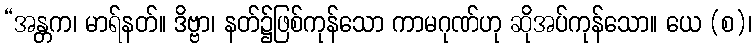
“အန္တက၊ မာရ်နတ်။ ဒိဗ္ဗာ၊ နတ်၌ဖြစ်ကုန်သော ကာမဂုဏ်ဟု ဆိုအပ်ကုန်သော။ ယေ (စ)၊